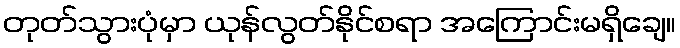
တုတ်သွားပုံမှာ ယုန်လွတ်နိုင်စရာ အကြောင်းမရှိချေ။